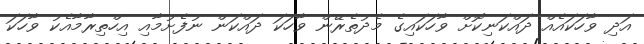
އަދި ވާހަކައެއް ދައްކަނިކޮށް ވާހަކައިގެ މެދުތެރޭން ވާހަކަ ދައްކަން ނުފެށުމާއި އިހްތިރާމާއެކު ވާހަކަ